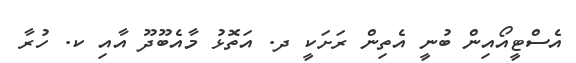
އެސްޓީއޯއިން ބުނީ އެތިން ރަށަކީ ދ. އަތޮޅު މާއެބޫދޫ އާއި ކ. ހުރާ